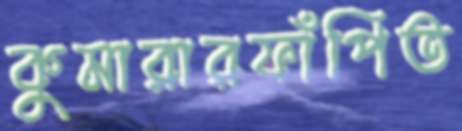
কুমারারফাঁপিত